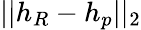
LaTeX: ||h_{R}-h_{p}||_{2}